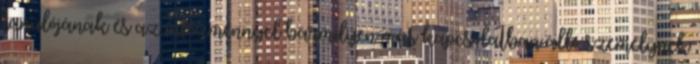
tanulójának és az intézménnyel bármilyen más kapcsolatban álló személynek